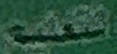
التعلیم